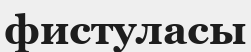
фистуласы